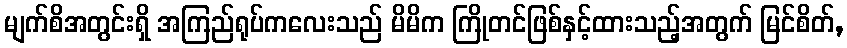
မျက်စိအတွင်းရှိ အကြည်ရုပ်ကလေးသည် မိမိက ကြိုတင်ဖြစ်နှင့်ထားသည့်အတွက် မြင်စိတ်,